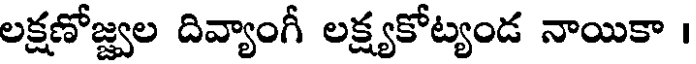
లక్షణోజ్జ్వల దివ్యాంగీ లక్ష్యకోట్యండ నాయికా ।